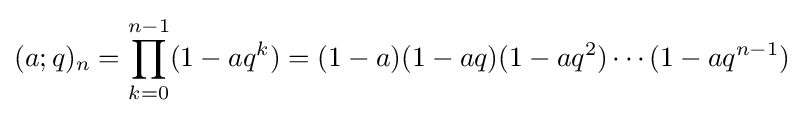
(a;q)_{n}=\prod _{k=0}^{n-1}(1-aq^{k})=(1-a)(1-aq)(1-aq^{2})\cdots (1-aq^{n-1})